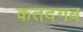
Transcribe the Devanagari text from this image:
कतदगब